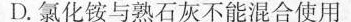
D. 氯化铵与熟石灰不能混合使用